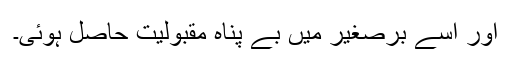
اور اسے برصغیر میں بے پناہ مقبولیت حاصل ہوئی۔